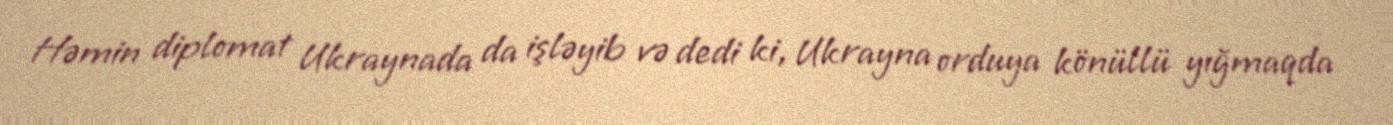
Həmin diplomat Ukraynada da işləyib və dedi ki, Ukrayna orduya könüllü yığmaqda